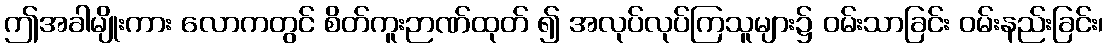
ဤအခါမျိုးကား လောကတွင် စိတ်ကူးဉာဏ်ထုတ် ၍ အလုပ်လုပ်ကြသူများ၌ ဝမ်းသာခြင်း ဝမ်းနည်းခြင်း၊